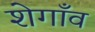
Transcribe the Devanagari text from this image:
शेगाँव